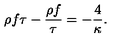
\rho f \tau - { \frac { \rho f } { \tau } } = - { \frac { 4 } { \kappa } } .